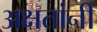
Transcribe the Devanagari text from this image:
अक्षतांनी